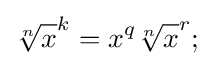
{\sqrt[{n}]{x}}^{k}=x^{q}{\sqrt[{n}]{x}}^{r};